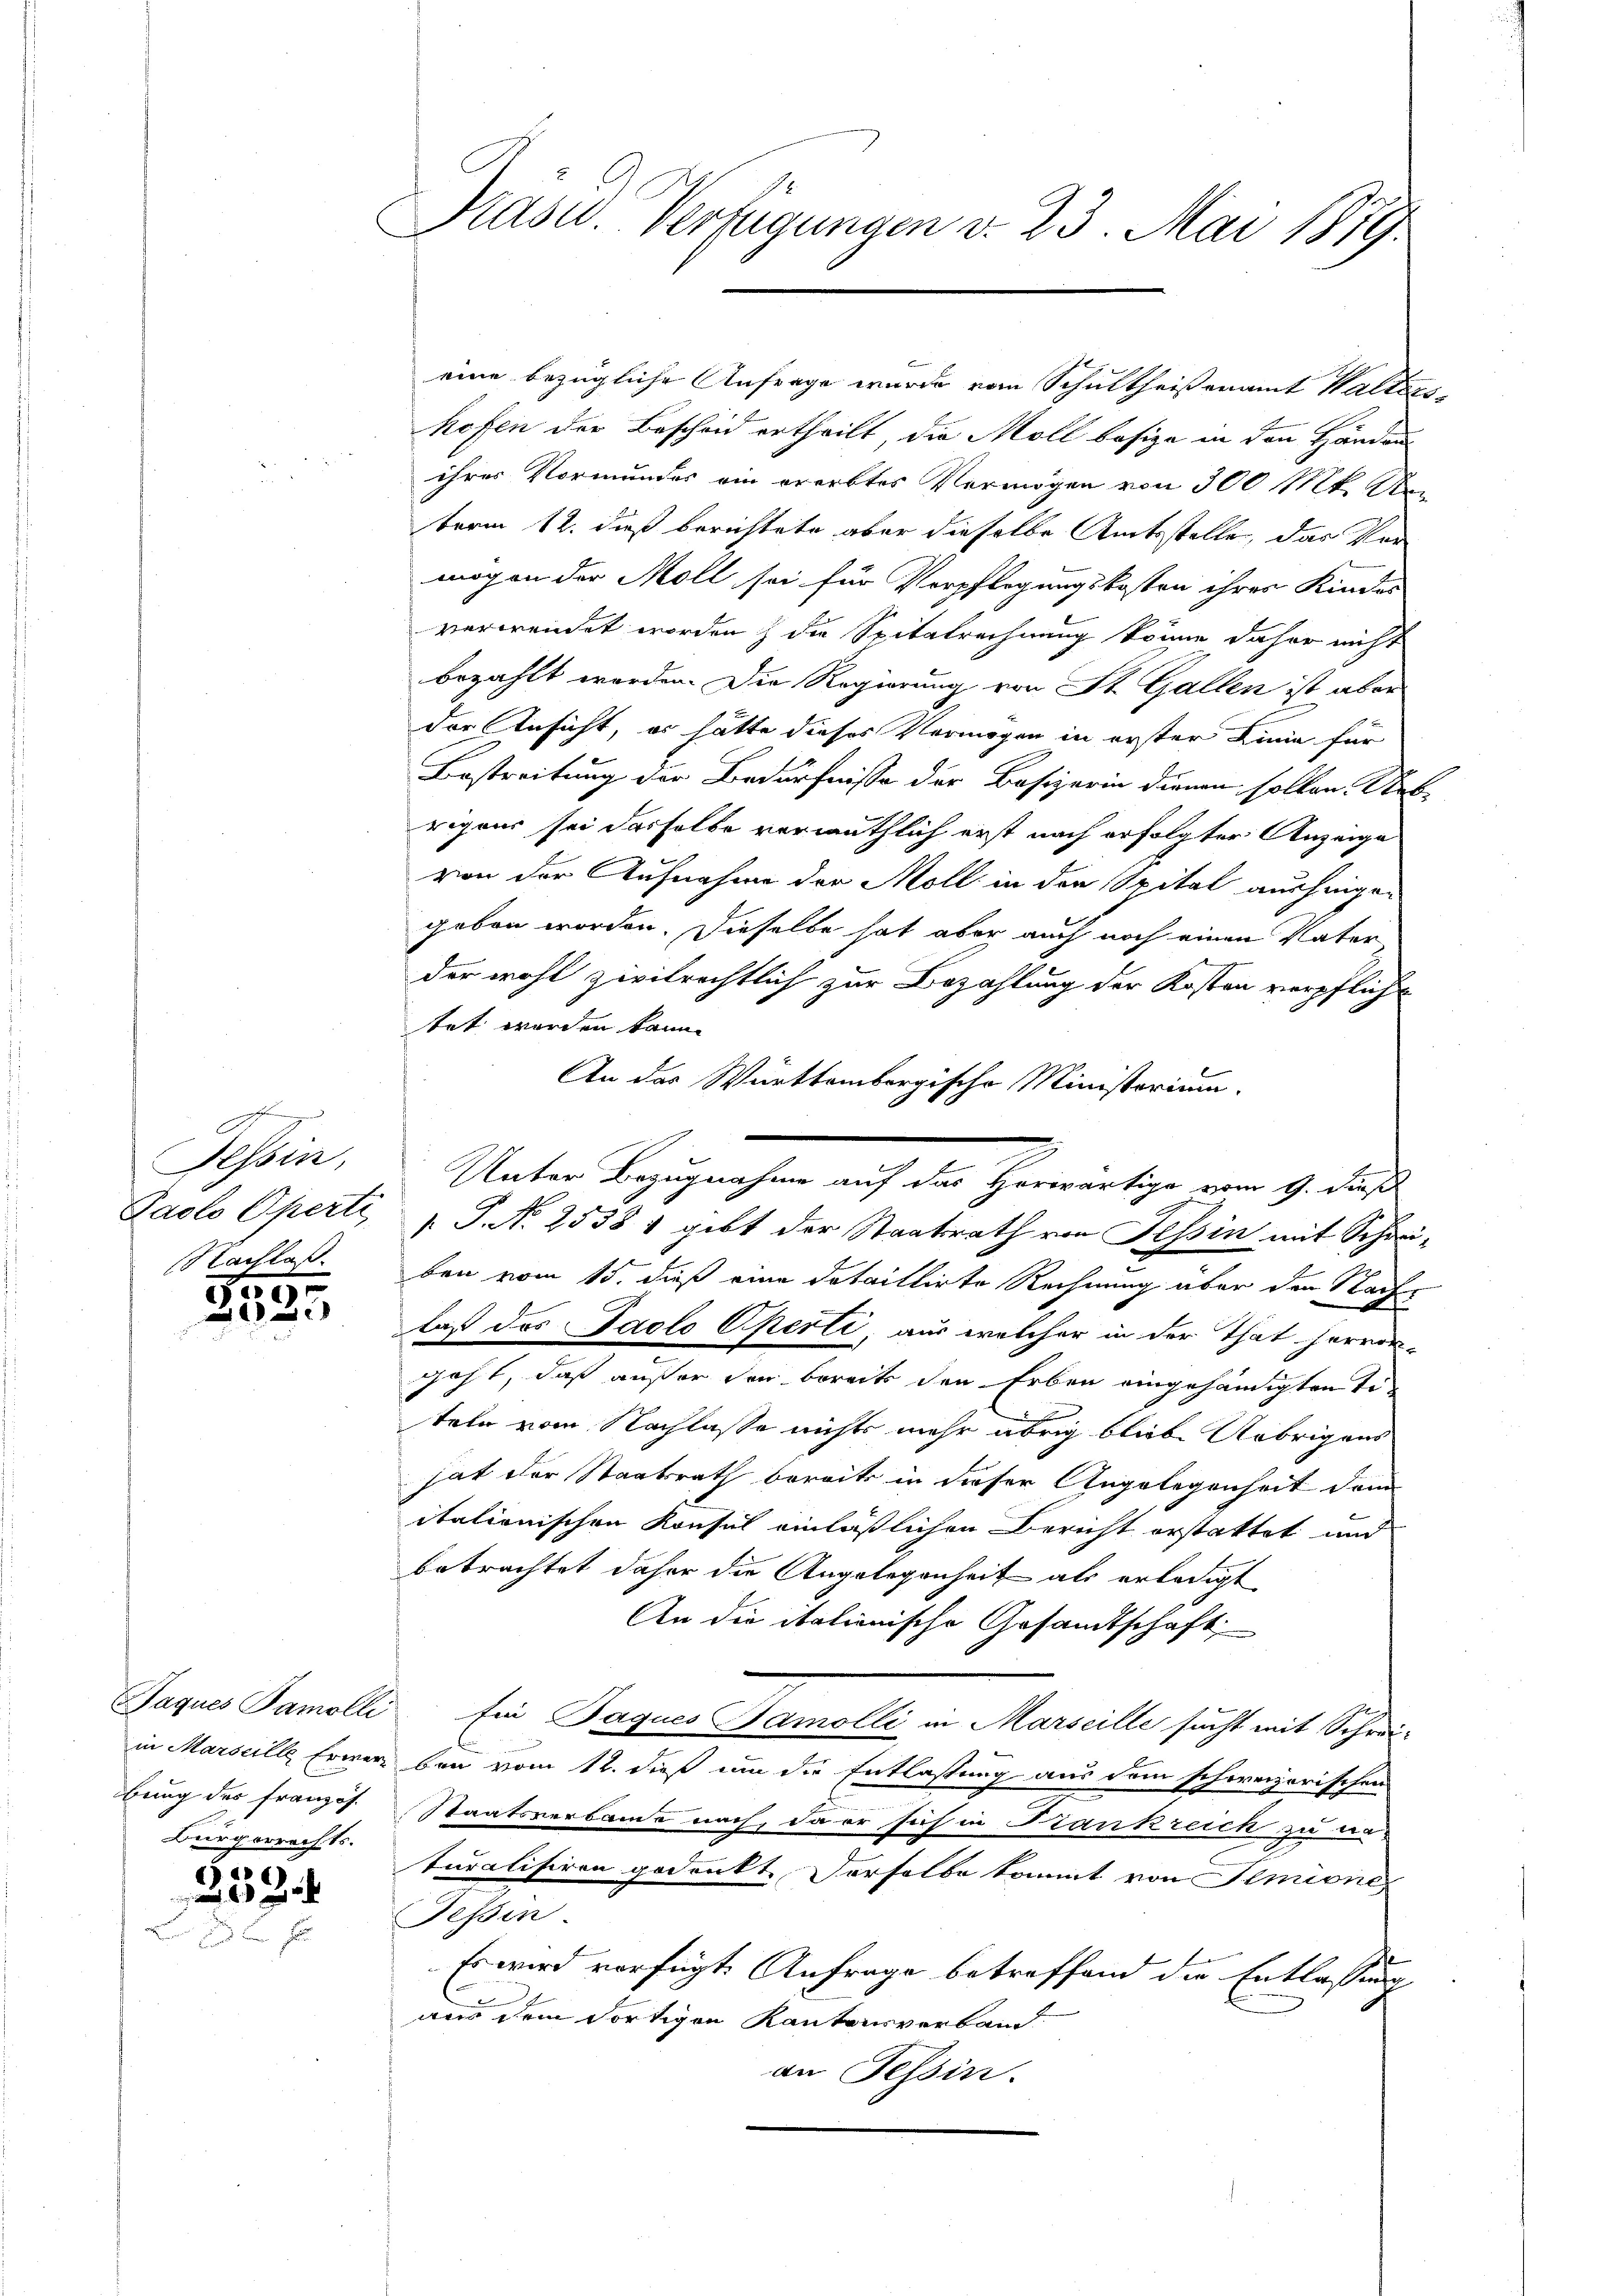
Tessin,
Faclo Operte,
Nachlaß

15.
 xx

Jaques Samolli
in Marseille Erwarbung des französ.
Bürgerrechts.

a

Prasw. Verfügungen v. 23. Mai 1879.

eine bezügliche Anfrage wurde vom Schultheisenamt Walters
hofen der Bescheid ertheilt, die Moll besiza in den Händen
ihrer Vormundes ein ererbtes Vermögen von 300 Mt. Ur
term 12. dieß berichtete aber dieselbe Amtsstelle, das Ver
mögen der Moll sei für Verpflegungskosten ihres Kindes
verwendet worden) die Spitalrechnung könne daher nicht
bezahlt worden. Die Regierung von St. Gallen ist aber
der Ansicht, er hätte dieses Vermögen in erster Linie für
Bestreitung der Bedürfnisse der Besizerin dienen sollen Rebrigens sei dasselbe vermuthlich erst nach erfolgter Anzeige
von der Aufnahme der Moll in den Spital auszeigen
geben worden. Dieselbe hat aber auch noch einen Vater
der wohl zivilrechtlich zur Bezahlung der Kosten verpflicht
tet worden kann.
An das Württembergische Ministerium
Unter Bezugnahme auf die Gewertige von gede
 P. N. 2538 1 gibt der Staatsrath von Tessin mit Schreiben vom 15. dieß eine dataillirte Rechnung aber den Nachlaß des Paolo Sperli, aus welcher in der That hervor-
geht, daß außer der bereits den Erben eingehändigten Toteln vom Nachlasse nichts mehr übrig bliebe Uebrigens
hat der Staatsrath bereits in dieser Angelegenheit dem
itationischen Konsul einläßlichen Bericht erstattet und
betrachtet daher die Angelegenheit als erledigt
An die itationische Gesandtschaft,
fin Jaques Samolli in Marseille sucht mit Schreiben vom 12. dieß um die Entlassung aus dem schweizerischen
Staatsverbande nach, da er sich in Krankreich zu na-
turalisiren gedankt. Derselbe kommt von Senione
Fessen.
Es wird verfügte Anfrage betreffend die Entlassung
aus dem dortigen Kantonsverband
an Tessin.